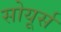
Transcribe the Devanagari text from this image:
सोयूर्स